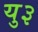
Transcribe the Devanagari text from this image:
यु३